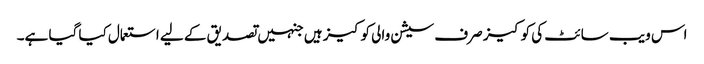
اس ویب سائٹ کی کوکیز صرف سیشن والی کوکیز ہیں جنہیں تصدیق کے لیے استعمال کیا گیا ہے۔